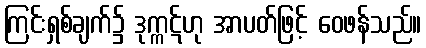
ကြင်းရှစ်ချက်၌ ဒုက္ကဋ်ဟု အာပတ်ဖြင့် ဝေဖန်သည်။